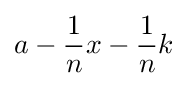
a-{\frac {1}{n}}x-{\frac {1}{n}}k